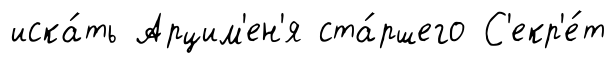
иска́ть Арцим'ен'я ста́ршего С'екр'е́т